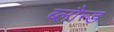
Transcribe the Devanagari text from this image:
ब्लौन्ड